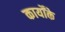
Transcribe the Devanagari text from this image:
कार्योंके